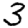
Digit: 3